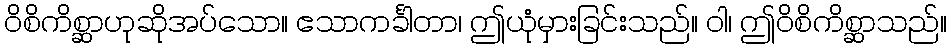
ဝိစိကိစ္ဆာဟုဆိုအပ်သော။ ဧသာကင်္ခါတာ၊ ဤယုံမှားခြင်းသည်။ ဝါ၊ ဤဝိစိကိစ္ဆာသည်။